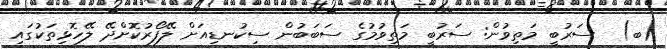
(ބ)  ސަރުބީ މަތިވުން: ސަރުބީ މަތިވުމުގެ ސަބަބުން ސިކުނޑިއަށް ލޭފޯރުކޮށްދޭ ލޭހޮޅިތަކުގައި